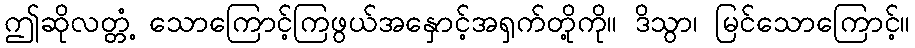
ဤဆိုလတ္တံ့ သောကြောင့်ကြဖွယ်အနှောင့်အရှက်တို့ကို။ ဒိသွာ၊ မြင်သောကြောင့်။